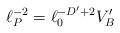
LaTeX: \begin{align*}\ell_P^{-2} = \ell_0^{-D^{\prime} + 2} V_B^{\prime}\end{align*}